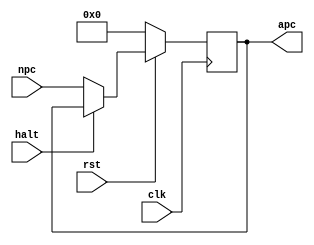
module regpc(clk,rst,npc,apc,halt);
    input clk;
    input rst;
    input [31:0] npc;
    output  [31:0] apc;
    input halt;
    reg [31:0] pc='b0;
    assign apc = pc;
    
    always @(posedge clk ) begin
        if (rst=='b0) pc <= 32'h0;
        else begin
            if (halt) pc <= pc;
            else pc <= npc; 
        end  
    end
endmodule